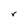
Character: r